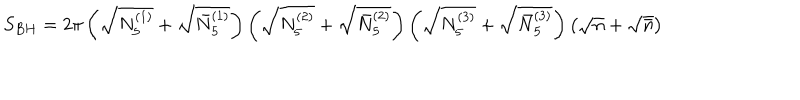
LaTeX: S _ { B H } = 2 \pi \left( \sqrt { N _ { 5 } ^ { ( 1 ) } } + \sqrt { \bar { N } _ { 5 } ^ { ( 1 ) } } \right) \left( \sqrt { N _ { 5 } ^ { ( 2 ) } } + \sqrt { \bar { N } _ { 5 } ^ { ( 2 ) } } \right) \left( \sqrt { N _ { 5 } ^ { ( 3 ) } } + \sqrt { \bar { N } _ { 5 } ^ { ( 3 ) } } \right) \left( \sqrt { n } + \sqrt { \bar { n } } \right)